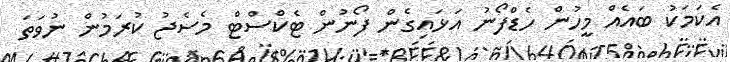
އެކަމަކު ބައެއް މީހުން ހެޑްފޯނު އަޅައިގެން ފޯނުން ޓެކްސްޓް މެސެޖު ކުރަމުން ނުވަތަ